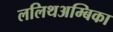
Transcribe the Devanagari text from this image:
ललिथअम्बिका